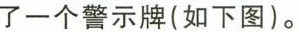
了一个警示牌(如下图)。